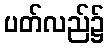
ပတ်လည်၌